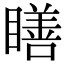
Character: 𥊳